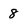
Character: 8